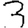
Digit: 3